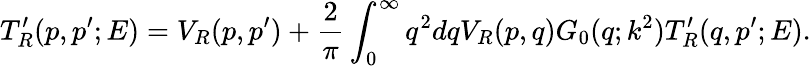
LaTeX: T_{R}^{\prime}(p,p^{\prime};E)=V_{R}(p,p^{\prime})+\frac 2\pi\int_{0}^{\infty}{q^{2}dq{V_{R}(p,q)}G_{0}(q;k^{2})T_{R}^{\prime}(q,p^{\prime};E)}.